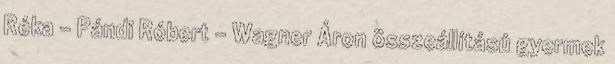
Réka – Pándi Róbert – Wagner Áron összeállítású gyermek